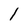
Character: 1